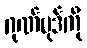
ဂုဏ်ပုဒ်ကို